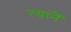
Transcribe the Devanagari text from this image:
त्यांनें